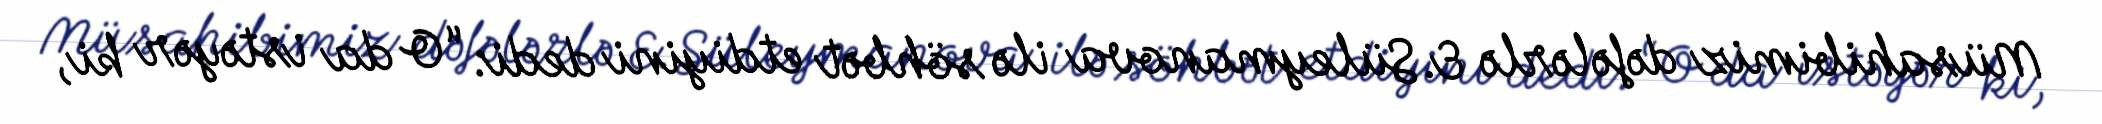
Müsahibimiz dəfələrlə E.Süleymanova ilə söhbət etdiyini dedi: “O da istəyər ki,